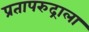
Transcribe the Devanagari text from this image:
प्रतापरुद्राला